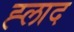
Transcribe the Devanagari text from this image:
ह्लाद